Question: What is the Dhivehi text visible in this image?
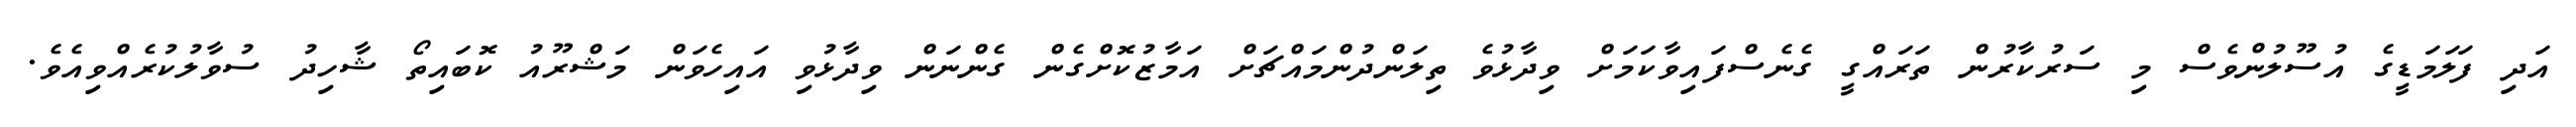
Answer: އަދި ފަލަމަޑީގެ އުސޫލުންވެސް މި ސަރުކާރުން ތަރައްގީ ގެނެސްފައިވާކަމަށް ވިދާޅުވެ ތިލަންދުންމައްޗަށް އަމާޒުކޮށްގެން ގެންނަން ވިދާޅުވި އައިހެވަން މަޝްރޫއު ކޮބައިތޯ ޝާހިދު ސުވާލުކުރެއްވިއެވެ.